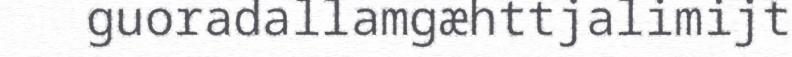
guoradallamgæhttjalimijt